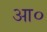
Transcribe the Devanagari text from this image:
आ०